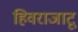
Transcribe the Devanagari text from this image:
हिवराजाटू